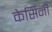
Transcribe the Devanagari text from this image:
केसिनी